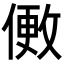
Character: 𬿒